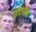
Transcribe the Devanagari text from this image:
इंटरब्रैंड